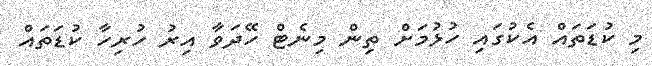
މި ކުޑަތައް އެކުގައި ހުޅުމަށް ތިން މިނެޓް ހޭދަވާ އިރު ހުރިހާ ކުޑަތައް